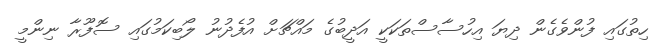
ހިތުގައި ފުންވެގެން ދިޔަ އިހުސާސްތަކަކީ އަދީބުގެ މައްޗަށް އުފެދުނު ލޯބިކަމުގައި ސޮފޫރާ ނިންމީ